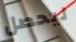
ليحصل